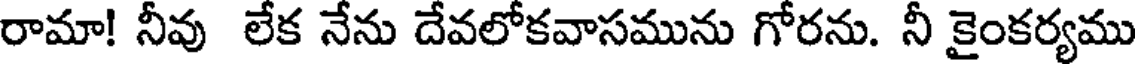
రామా! నీవు లేక నేను దేవలోకవాసమును గోరను. నీ కైంకర్యము